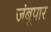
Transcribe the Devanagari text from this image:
जंबूपार